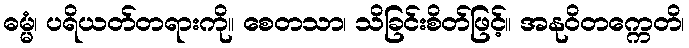
ဓမ္မံ၊ ပရိယတ်တရားကို။ စေတသာ၊ သိခြင်းစိတ်ဖြင့်။ အနုဝိတက္ကေတိ၊